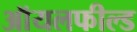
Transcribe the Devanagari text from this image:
ऑयलफील्ड